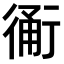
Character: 𧗴